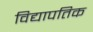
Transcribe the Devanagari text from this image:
विद्यापतिक